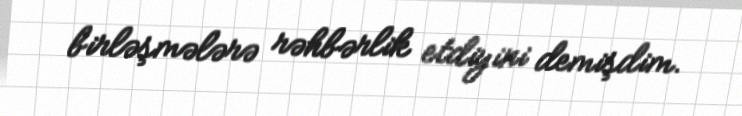
birləşmələrə rəhbərlik etdiyini demişdim.